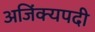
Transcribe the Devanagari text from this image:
अजिंक्यपदी